Vaccination returns of the Province of Eastern Bengal and Assam - 1905-1912
Year: 1905
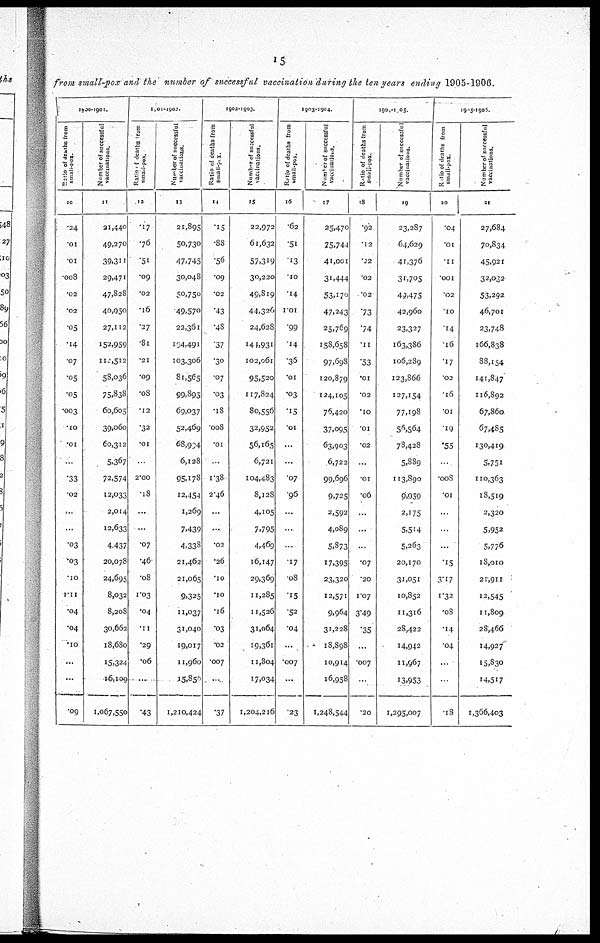
15
from small-pox and the number of successful vaccination during the ten years ending 1905-1906.
1900-1901.
Ratio of deaths from
small-pox.
10
.24
.01
.01
.008
.02
.02
.05
.14
.07
.05
.05
.003
.10
.01
...
.33
.02
...
...
.03
.03
.10
1.11
.04
.04
.10
...
...
.09
Number of successful
vaccinations.
11
21,440
49,270
39,311
29,471
47,828
40,950
27,112
152,959
112,512
53,036
75,838
60,605
39,060
60,312
5,367
72,574
12,033
2,014
12,633
4,437
20,078
24,695
8,032
8,208
30,662
18,680
15,324
16,109
1,067,550
1901-1902.
Ratio of deaths from
small-pox.
12
.17
.76
.51
.09
.02
.16
.27
.81
.21
.09
.08
.12
.32
.01
...
2.00
.18
...
...
.07
.46
.08
1.03
.04
.11
.29
.06
...
.43
Number of successful
vaccinations.
13
21,895
50,730
47,745
30,048
50,750
49,570
22,361
194,491
103,306
81,565
99,395
69,037
52,469
68,994
6,128
95,178
12,454
1,269
7,439
4,338
21,462
21,065
9,325
11,037
31,040
19,017
11,960
15,856
1,210,424
1902-1903.
Ratio of deaths from
small-pox.
14
.15
.88
.56
.09
.02
.43
.48
.37
.30
.07
.03
.18
.008
.01
...
1.38
2.46
...
...
.02
.26
.10
.10
.16
.03
.02
.007
...
.37
Number of successful
vaccinations.
15
22,972
61,632
57,319
30,220
49,819
44,326
24,628
144,931
102,061
95,520
117,824
80,556
32,952
56,165
6,72.
104,483
8,128
4,105
7,795
4,469
16,147
29,369
11,285
11,526
31,064
19,361
11,804
17,034
1,204,216
1903-1904.
Ratio
of deaths from
small-pox.
16
.62
.51
.13
.10
.14
1.01
.99
.14
.36
.01
.03
.15
.01
...
...
.07
.96
...
...
...
.17
.08
.15
.52
.04
...
.007
...
.23
Number of successful
Vaccinations.
17
25,470
75,744
41,001
31,444
53,170
47,243
25,769
158,658
97,698
120,879
124,105
76,420
37,095
63,903
6,722
99,696
9,725
2,592
4,089
5,373
17,395
23,320
12,571
9,964
31,228
18,898
10,914
16,958
1,248,544
1904-1905.
Ratio of deaths from
small-pox.
18
.92
.12
.22
.02
.02
.73
.74
.11
.53
.01
.02
.10
.01
.02
...
.01
.06
...
...
...
.07
.20
1.07
3.49
.35
...
.007
...
.20
Number of successful
vaccinations.
19
23,287
64,629
41,376
31,705
49,475
42,960
23,327
163,386
106,289
123,866
127,154
77,198
56,564
78,428
5,889
113,890
9,959
2,175
5,514
5,263
20,170
31,051
10,852
11,316
28,422
14,942
11,967
13,953
1,295,007
1905-1905.
Ratio of deaths from
small-pox.
20
.04
.01
.11
.001
.02
.10
.14
.16
.17
02
.16
.01
.19
.55
...
.008
.01
...
...
...
.15
3.17
1.32
.08
.14
.04
...
..
.18
Number of successful
vaccinations.
21
27,684
70,834
45,921
32,032
53,292
46,701
23,748
166,838
88,154
141,847
116,892
67,860
67,485
130,419
5,751
110,363
18,519
2,320
5,952
5,776
18,010
21,911
12,545
11,809
28,466
14,927
15,830
14,517
1,366,403